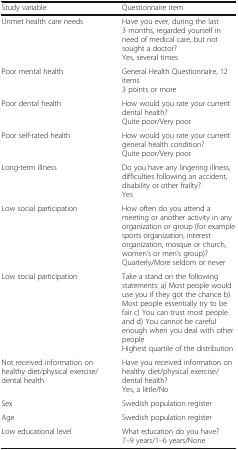
<table><thead><tr><td><b>Study variable</b></td><td><b>Questionnaire item</b></td></tr></thead><tbody><tr><td>Unmet health care needs</td><td>Have you ever, during the last 3 months, regarded yourself in need of medical care, but not sought a doctor?Yes, several times</td></tr><tr><td>Poor mental health</td><td>General Health Questionnaire, 12 items3 points or more</td></tr><tr><td>Poor dental health</td><td>How would you rate your current dental health?Quite poor/Very poor</td></tr><tr><td>Poor self-rated health</td><td>How would you rate your current general health condition?Quite poor/Very poor</td></tr><tr><td>Long-term illness</td><td>Do you have any lingering illness, difficulties following an accident, disability or other frailty?Yes</td></tr><tr><td>Low social participation</td><td>How often do you attend a meeting or another activity in any organization or group (for example sports organization, interest organization, mosque or church, women’s or men’s group)?Quarterly/More seldom or never</td></tr><tr><td>Low social participation</td><td>Take a stand on the following statements: a) Most people would use you if they got the chance b) Most people essentially try to be fair c) You can trust most people and d) You cannot be careful enough when you deal with other peopleHighest quartile of the distribution</td></tr><tr><td>Not received information on healthy diet/physical exercise/dental health</td><td>Have you received information on healthy diet/physical exercise/dental health?Yes, a little/No</td></tr><tr><td>Sex</td><td>Swedish population register</td></tr><tr><td>Age</td><td>Swedish population register</td></tr><tr><td>Low educational level</td><td>What education do you have?7–9 years/1–6 years/None</td></tr></tbody></table>